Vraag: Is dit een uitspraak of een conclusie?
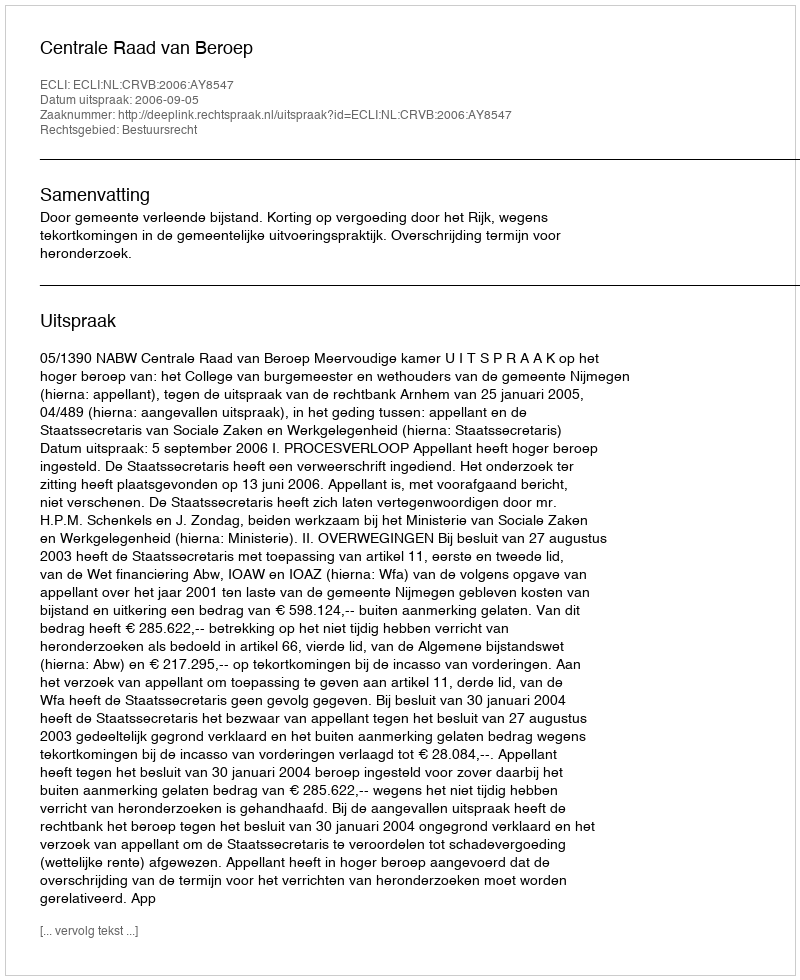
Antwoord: Uitspraak